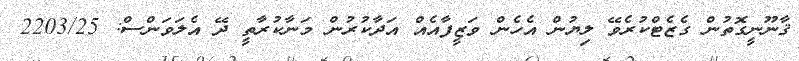
ޤާނޫނީގޮތުން ގެޒެޓްކުރެވޭ ލިޔުން އެހެން ވަޒީފާއެއް އަދާކުރުން މަނާކުރާތީ ދޭ އެލަވަންސް: 2203/25